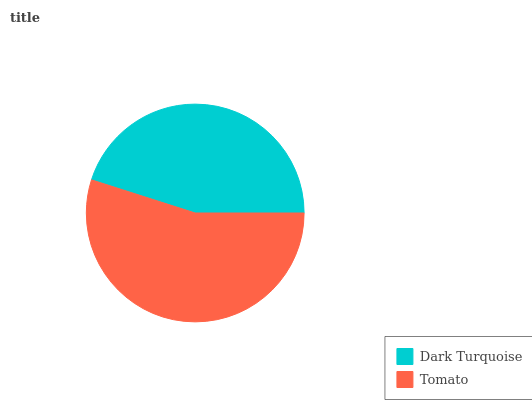
| Dark Turquoise | Tomato |
 | --- | --- |
 | 45.1% | 54.9% |